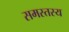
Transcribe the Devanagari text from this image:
समस्तस्य